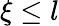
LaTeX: \xi\le l